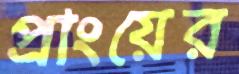
প্রাংয়ের